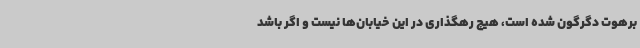
برهوت دگرگون شده است، هیچ رهگذاری در این خیابان‌ها نیست و اگر باشد